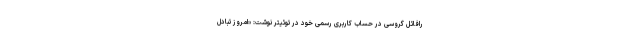
رافائل گروسی در حساب کاربری رسمی خود در توئیتر نوشت: «امروز تبادل